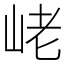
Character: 峔